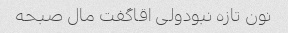
نون تازه نبودولی اقاگفت مال صبحه